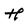
Character: H